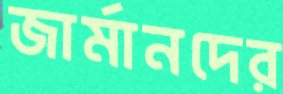
জার্মানদের